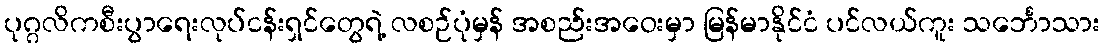
ပုဂ္ဂလိကစီးပွာရေးလုပ်ငန်းရှင်တွေရဲ့ လစဉ်ပုံမှန် အစည်းအဝေးမှာ မြန်မာနိုင်ငံ ပင်လယ်ကူး သင်္ဘောသား